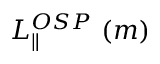
L _ { \parallel } ^ { O S P } ~ ( m )